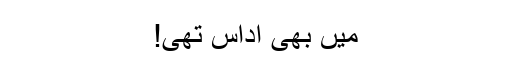
میں بھی اداس تھی!